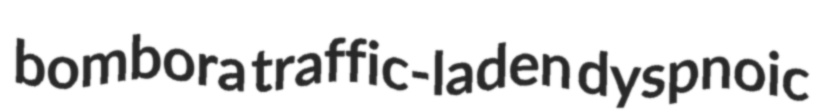
bombora traffic-laden dyspnoic